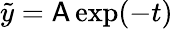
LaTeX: \tilde{y}=\mathsf{A}\exp(-t)